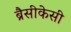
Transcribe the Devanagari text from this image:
ब्रैसीकेसी